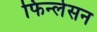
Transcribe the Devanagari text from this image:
फिन्लेसन